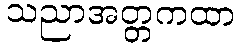
သညာအတ္တကထာ